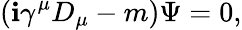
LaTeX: (\mathbf{i}\gamma^{\mu}D_{\mu}-m)\Psi=0,